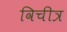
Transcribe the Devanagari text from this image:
विचीत्र